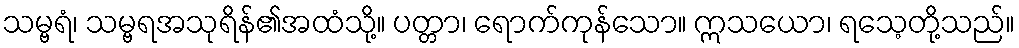
သမ္ဗရံ၊ သမ္ဗရအသုရိန်၏အထံသို့။ ပတ္တာ၊ ရောက်ကုန်သော။ ဣသယော၊ ရသေ့တို့သည်။